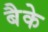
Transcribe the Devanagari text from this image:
बैके